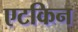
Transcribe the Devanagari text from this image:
एटकिन